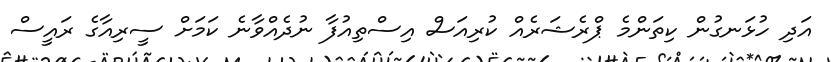
އަދި ހުޅަނގުން ކިތަންމެ ޕްރެޝަރެއް ކުރިއަސް އިސްތިއުފާ ނުދެއްވާނެ ކަމަށް ސީރިއާގެ ރައީސް